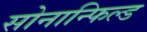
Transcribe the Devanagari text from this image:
सोनान्फिल्ड